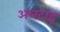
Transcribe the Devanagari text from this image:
अलटाइ